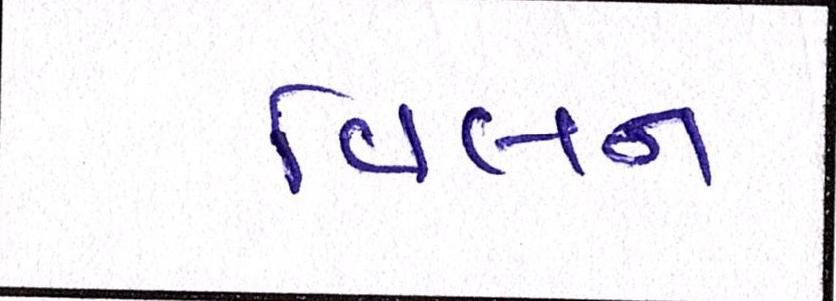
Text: વિલન